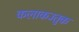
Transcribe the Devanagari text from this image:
कलाकउतुक